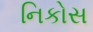
નિકોસ